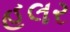
હલર